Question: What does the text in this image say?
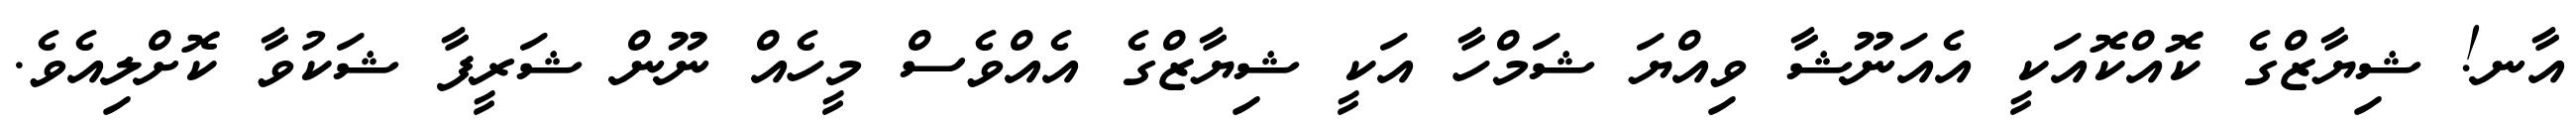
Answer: އާނ! ޝިޔާޒްގެ ކޮއްކޮއަކީ އެއަނޫޝާ ވިއްޔަ ޝަމްހާ އަކީ ޝިޔާޒްގެ އެއްވެސް މީހެއް ނޫން ޝަރީފާ ޝަކުވާ ކޮށްލިއެވެ.